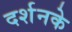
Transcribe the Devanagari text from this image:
दर्शनके